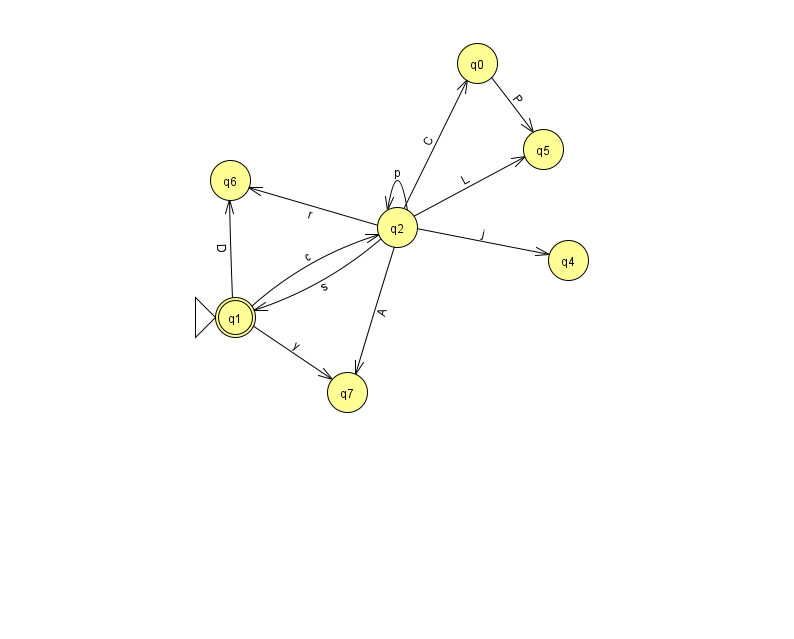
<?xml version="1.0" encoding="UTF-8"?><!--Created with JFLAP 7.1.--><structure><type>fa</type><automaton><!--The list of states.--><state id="0" name="q0"><x>477.0</x><y>50.0</y></state><state id="1" name="q1"><x>235.0</x><y>304.0</y><initial/><final/></state><state id="2" name="q2"><x>397.0</x><y>214.0</y></state><state id="4" name="q4"><x>568.0</x><y>247.0</y></state><state id="5" name="q5"><x>543.0</x><y>136.0</y></state><state id="6" name="q6"><x>230.0</x><y>167.0</y></state><state id="7" name="q7"><x>347.0</x><y>379.0</y></state><!--The list of transitions.--><transition><from>0</from><to>5</to><read>P</read></transition><transition><from>1</from><to>2</to><read>c</read></transition><transition><from>2</from><to>1</to><read>s</read></transition><transition><from>2</from><to>2</to><read>p</read></transition><transition><from>2</from><to>5</to><read>L</read></transition><transition><from>2</from><to>7</to><read>A</read></transition><transition><from>2</from><to>4</to><read>j</read></transition><transition><from>1</from><to>7</to><read>y</read></transition><transition><from>2</from><to>6</to><read>r</read></transition><transition><from>1</from><to>6</to><read>D</read></transition><transition><from>2</from><to>0</to><read>C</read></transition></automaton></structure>